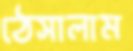
ঠেসালাম